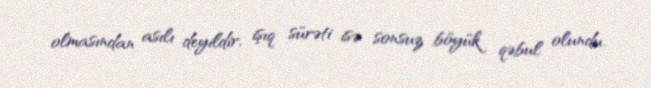
olmasından asılı deyildir, işıq sürəti isə sonsuz böyük qəbul olundu.